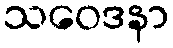
သဝေဒနာ